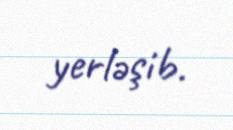
yerləşib.